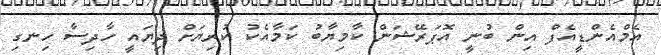
އެމްއެންޑީއެފް އިން ބުނީ އޮޕަރޭޝަން ކާމިޔާބު ކަމާއެކު ކުރިޔަށް ދިޔައީ ހާދިސާ ހިނގި